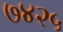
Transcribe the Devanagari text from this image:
७४२५